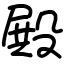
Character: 殿